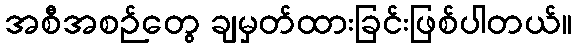
အစီအစဉ်တွေ ချမှတ်ထားခြင်းဖြစ်ပါတယ်။